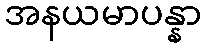
အနယမာပန္နာ